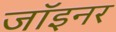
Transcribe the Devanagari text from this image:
जॉइनर